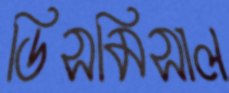
ডিসমিসাল